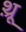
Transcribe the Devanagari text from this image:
थ़्रू